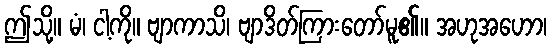
ဤသို့။ မံ၊ ငါ့ကို။ ဗျာကာသိ၊ ဗျာဒိတ်ကြားတော်မူ၏။ အဟုအဟော၊